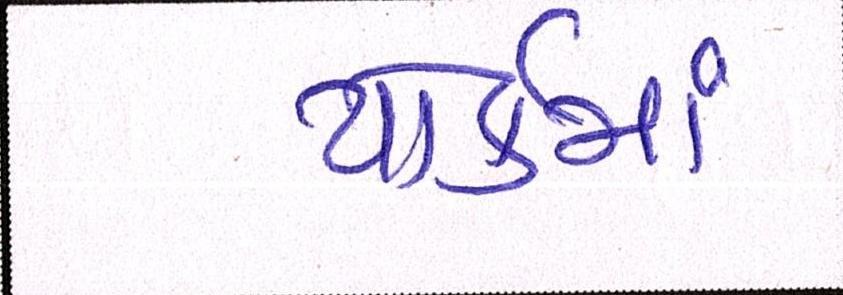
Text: યોર્કમાં